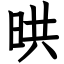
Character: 晎